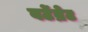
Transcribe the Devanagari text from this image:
वर्टेब्रेट